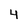
Character: 4